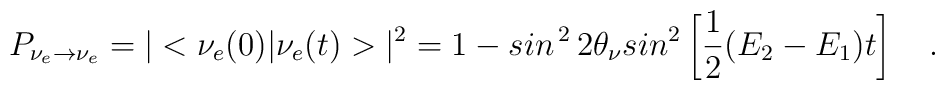
P_{\nu_e \rightarrow \nu_e} = \vert <\nu_e (0) \vert\nu_e (t)> \vert^2= 1-sin^{\, 2}\,  2\theta_\nu sin^2 \left [{1\over 2}(E_2 -E_1)t\right ]\quad.